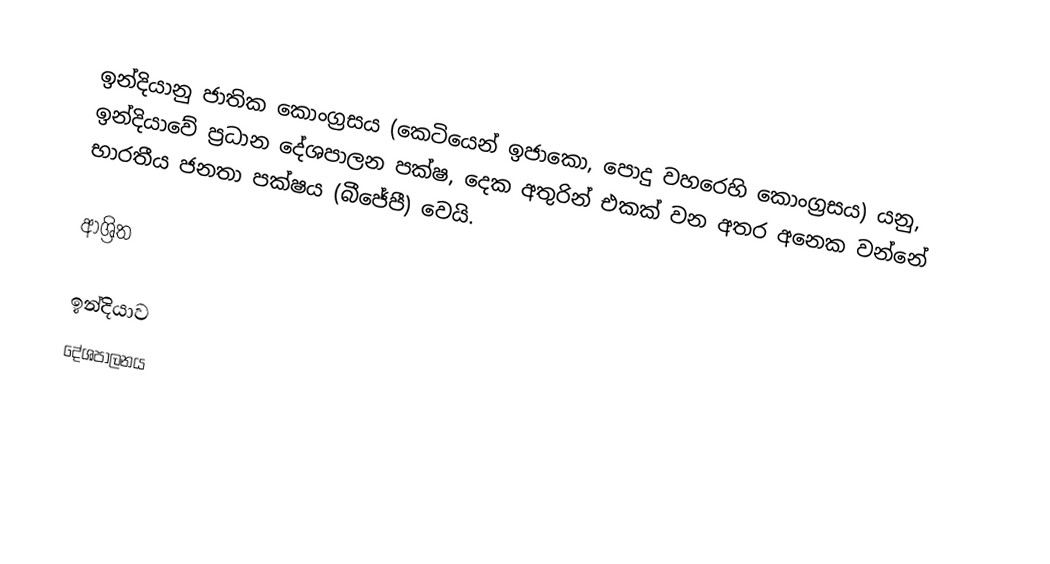
ඉන්දියානු ජාතික කොංග්‍රසය  (කෙටියෙන් ඉජාකො, පොදු වහරෙහි කොංග්‍රසය) යනු,  ඉන්දියාවේ ප්‍රධාන දේශපාලන පක්ෂ, දෙක අතුරින් එකක් වන අතර අනෙක වන්නේ  භාරතීය ජනතා පක්ෂය (බීජේපී) වෙයි.

ආශ්‍රිත

ඉන්දියාව
දේශපාලනය